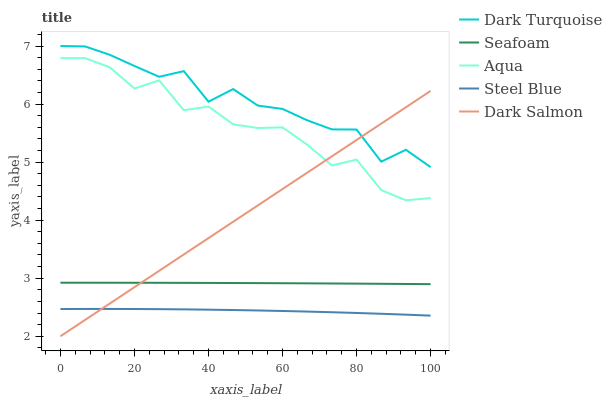
| xaxis_label | Dark Turquoise | Seafoam | Aqua | Steel Blue | Dark Salmon |
 | --- | --- | --- | --- | --- | --- |
 | 0 | 7 | 2.92 | 6.79 | 2.47 | 2 |
 | 6.67 | 6.99 | 2.92 | 6.79 | 2.47 | 2.28 |
 | 13.3 | 6.85 | 2.92 | 6.63 | 2.47 | 2.56 |
 | 20 | 6.66 | 2.92 | 6.27 | 2.47 | 2.85 |
 | 26.7 | 6.47 | 2.92 | 6.41 | 2.47 | 3.13 |
 | 33.3 | 6.57 | 2.92 | 5.89 | 2.46 | 3.41 |
 | 40 | 6.04 | 2.92 | 5.96 | 2.46 | 3.69 |
 | 46.7 | 6.26 | 2.92 | 5.65 | 2.45 | 3.97 |
 | 53.3 | 5.97 | 2.92 | 5.59 | 2.44 | 4.25 |
 | 60 | 5.92 | 2.91 | 5.6 | 2.44 | 4.54 |
 | 66.7 | 5.72 | 2.91 | 5.3 | 2.43 | 4.82 |
 | 73.3 | 5.56 | 2.91 | 4.94 | 2.41 | 5.1 |
 | 80 | 5.56 | 2.91 | 5.04 | 2.4 | 5.38 |
 | 86.7 | 5.01 | 2.9 | 4.52 | 2.39 | 5.66 |
 | 93.3 | 5.21 | 2.9 | 4.34 | 2.37 | 5.94 |
 | 100 | 4.91 | 2.9 | 4.38 | 2.36 | 6.23 |